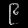
Digit: ၉